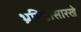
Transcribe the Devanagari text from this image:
भ्रमिष्टासारखे